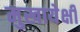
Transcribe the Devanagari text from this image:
मुखायेक्षी